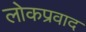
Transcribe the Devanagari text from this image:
लोकप्रवाद